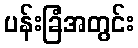
ပန်းခြံအတွင်း